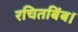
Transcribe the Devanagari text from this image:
रचितबिंब।